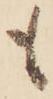
も